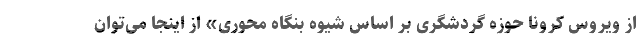
از ویروس کرونا حوزه گردشگری بر اساس شیوه بنگاه محوری» از اینجا می‌توان